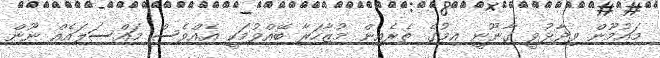
މައުމޫން ވިދާޅުވީ ގާނޫނީ އިމުގެ ތެރެއިން މުޒާހަރާ ބޭއްވުމަކީ އެއްވެސް މައްސަލައެއް ނޫން